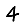
Digit: 4